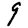
Digit: 9